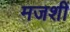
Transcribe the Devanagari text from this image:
मजशीं